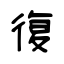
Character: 復